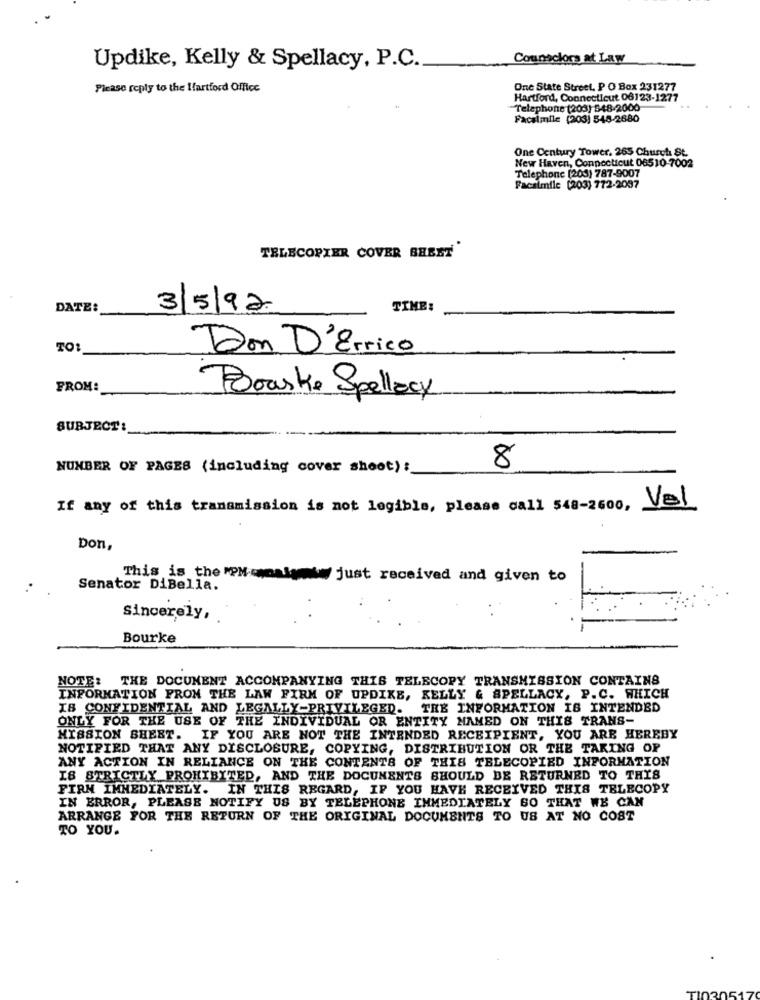
Counselors at Law
Updike, Kelly & Spellacy, P.C.
Please reply to the Hartford Office
One State Street, P O Box 231277
Hartford, Connecticut 06123-1277
Telephone (203) 548-2000
Facsimile (203) 548-2680
One Century Tower. 265 Church St.
New Haven, Connecticut 06510-7002
Telephone [208) 787-9007
Facsimile (203) 772-2097
TELECOPIER COVER SHEET
DATE:
3/5/92
TIME:
TO:
Don D'Errico
FROM:
Boaske Spellacy
SUBJECT:
NUMBER OF PAGES (including cover shoot) :
8
Val
If any of this transmission is not legible, please call 548-2600,
Don,
This is the "PM-waalerty just received and given to
Senator DiBella.
Sincerely,
Bourke
NOTE: THE DOCUMENT ACCOMPANYING THIS TELECOPY TRANSMISSION CONTAINS
INFORMATION FROM THE LAW FIRM OF UPDIKE, KELLY & SPELLACX, P.C. WHICH
IS CONFIDENTIAL AND LEGALLY-PRIVILEGED.
THE INFORMATION IS INTENDED
ONLY FOR THE USE OF THE INDIVIDUAL OR ENTITY NAMED ON THIS TRANS-
MISSION SHEET. IF YOU ARE NOT THE INTENDED RECEIPIENT, YOU ARE HEREBY
NOTIFIED THAT ANY DISCLOSURE, COPYING, DISTRIBUTION OR THE TAKING OF
ANY ACTION IN RELIANCE ON THE CONTENTS OF THIS TELECOPIED INFORMATION
IS STRICTLY PROHIBITED, AND THE DOCUMENTS SHOULD BE RETURNED TO THIS
FIRN IMMEDIATELY. IN THIS REGARD, IF YOU HAVE RECEIVED THIS TELECOPY
IN ERROR, PLEASE NOTIFY US BY TELEPHONE IMMEDIATELY SO THAT WE CAN
ARRANGE FOR THE RETURN OF THE ORIGINAL DOCUMENTS TO US AT NO COST
TO YOU.